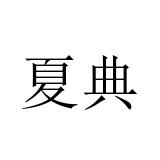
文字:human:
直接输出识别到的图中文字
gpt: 夏典